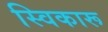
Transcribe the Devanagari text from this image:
स्विकारू